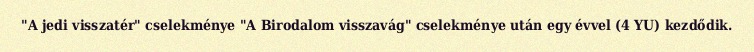
"A jedi visszatér" cselekménye "A Birodalom visszavág" cselekménye után egy évvel (4 YU) kezdődik.